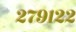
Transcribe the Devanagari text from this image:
२७९१२२